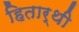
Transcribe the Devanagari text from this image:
हितार्थी